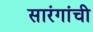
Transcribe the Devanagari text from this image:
सारंगांची